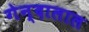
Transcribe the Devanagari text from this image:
गेन्दालाल